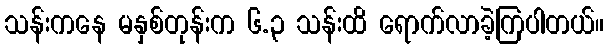
သန်းကနေ မနှစ်တုန်းက ၆.၃ သန်းထိ ရောက်လာခဲ့ကြပါတယ်။